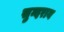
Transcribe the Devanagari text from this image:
सुन्दराय